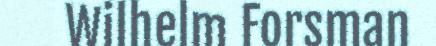
Wilhelm Forsman